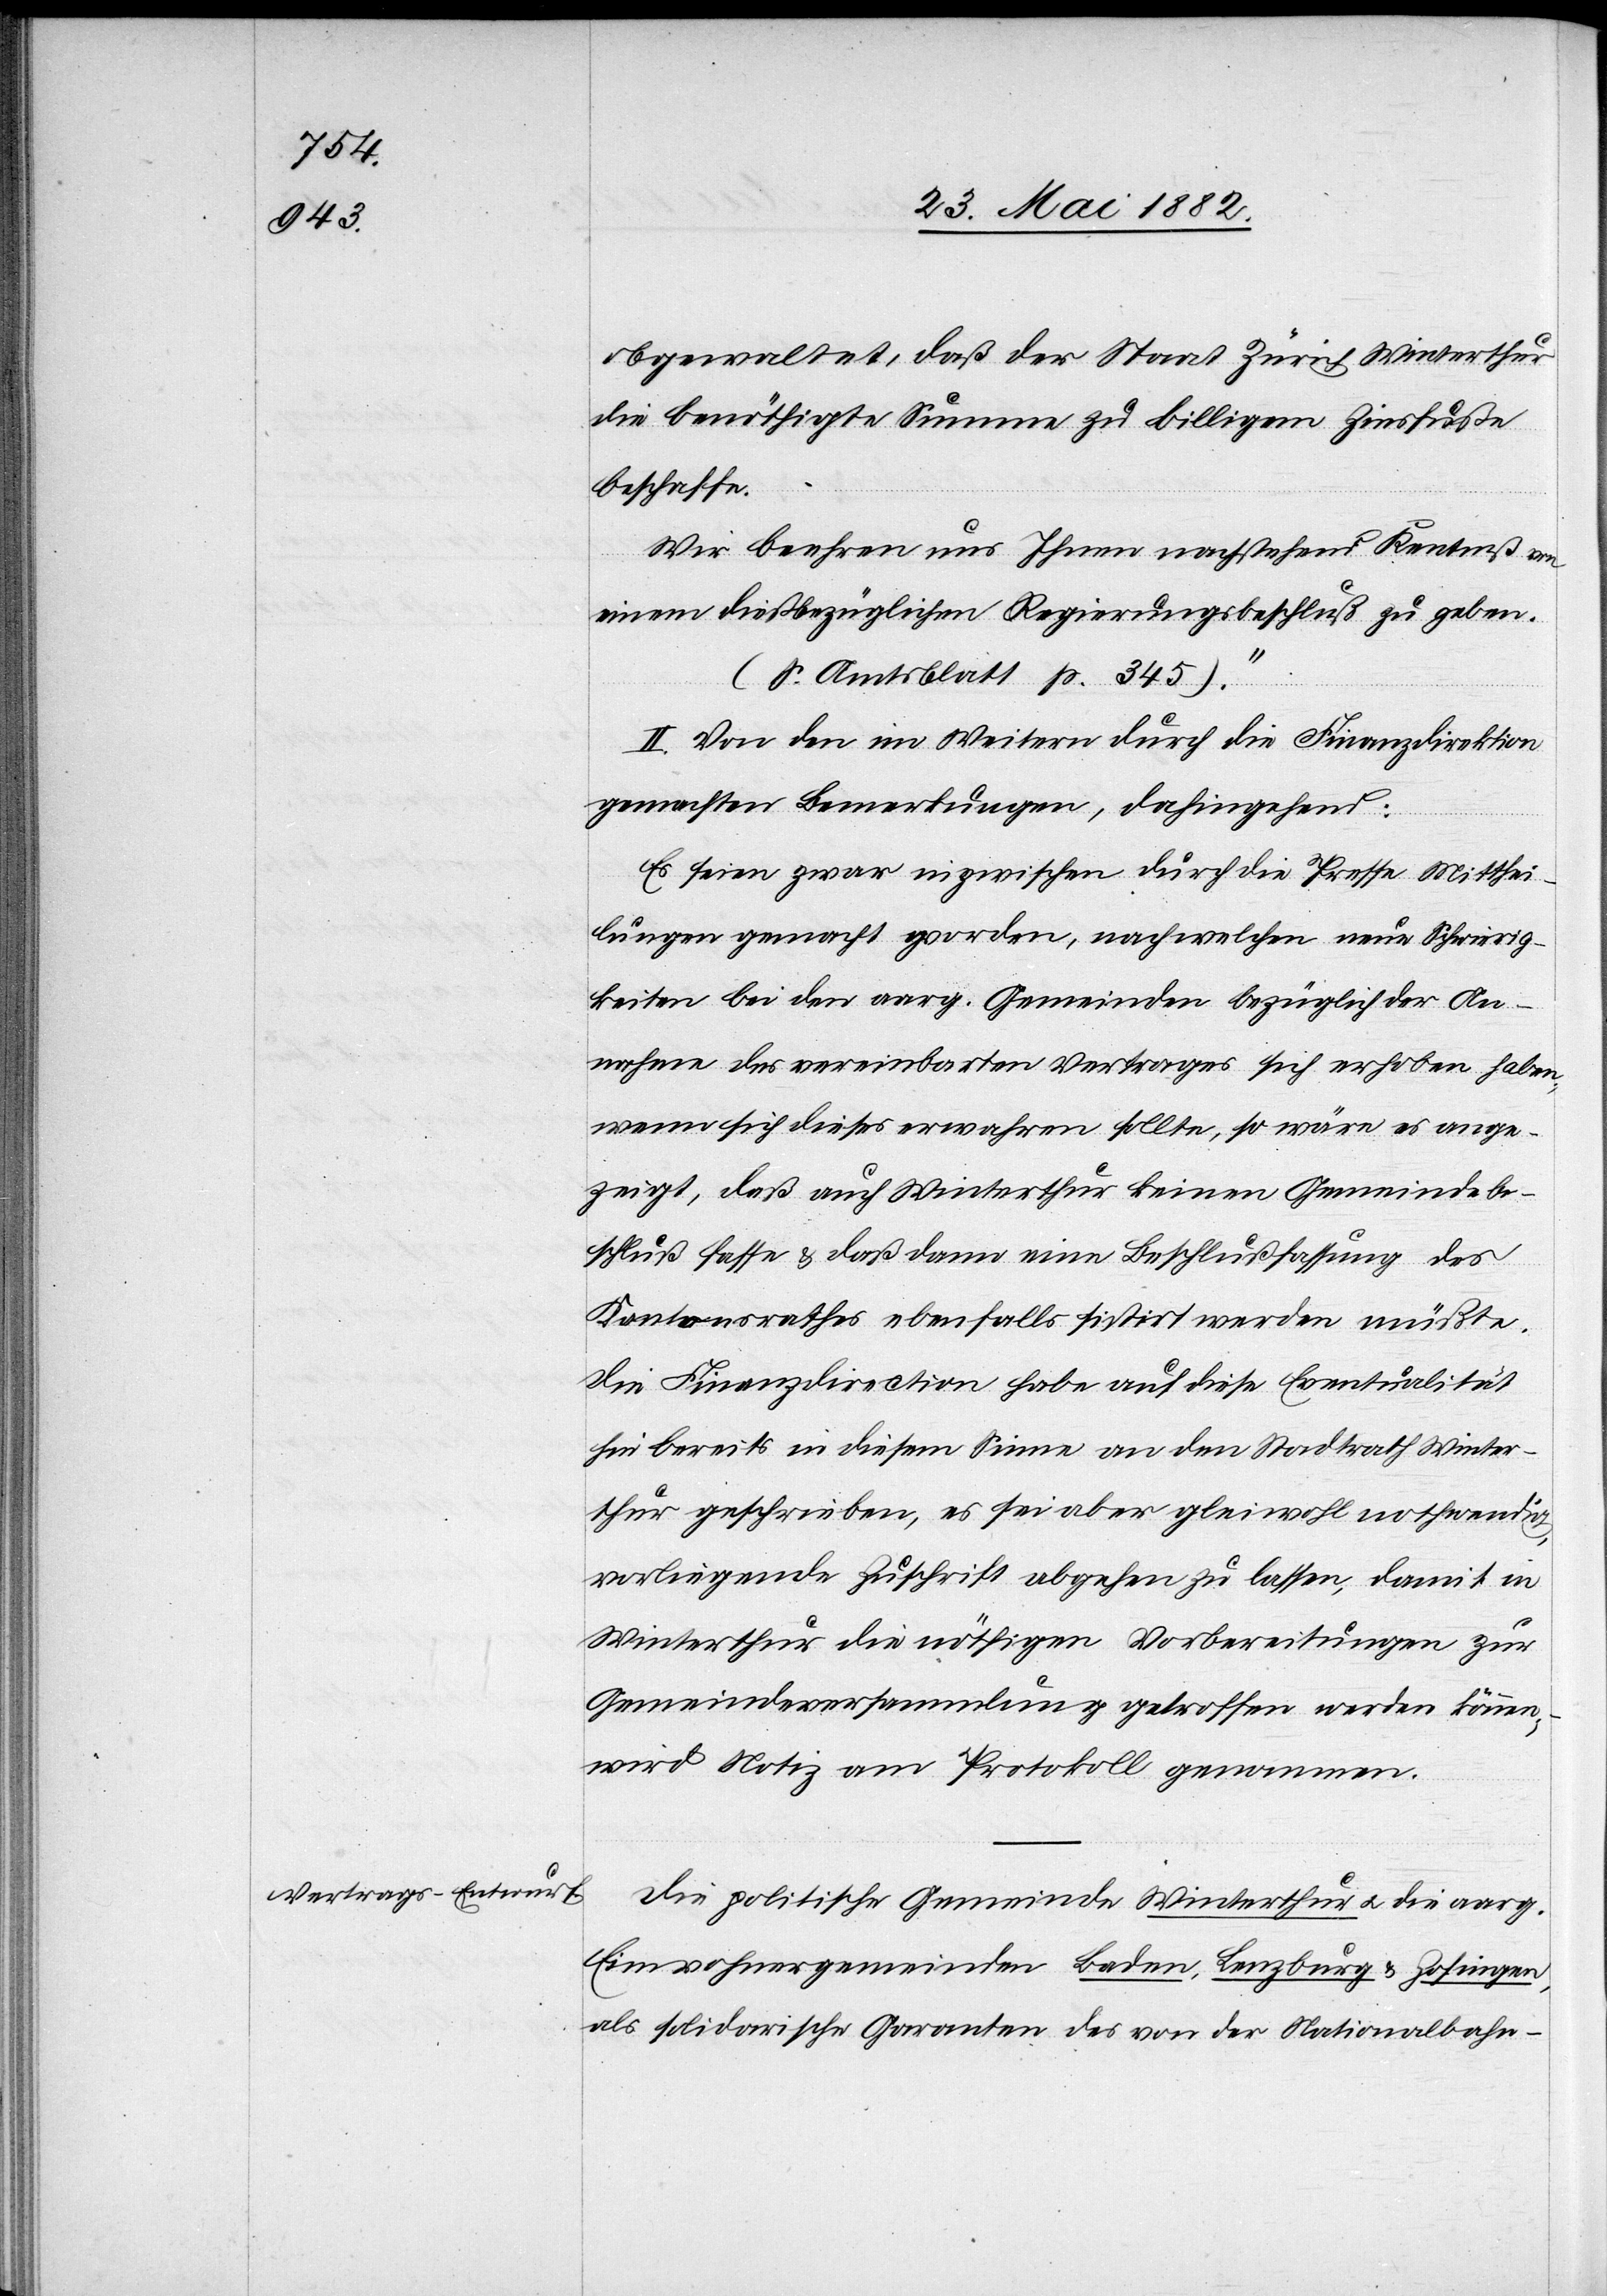
Vertrags-Entwurf.

obgewaltet, daß der Staat Zürich Winterthur
die benöthigte Summe zu billigem Zinsfuße
beschaffe.
Wir beehren uns Ihnen nachstehend Kenntniß von
einem dießbezüglichen Regierungsbeschluß zu geben.
(S. Amtsblatt p. 345).“
II. Von den im Weitern durch die Finanzdirektion
gemachten Bemerkungen, dahingehend:
Es seien zwar inzwischen durch die Presse Mitthei¬
lungen gemacht worden, nach welchen neue Schwierig¬
keiten bei den aarg. Gemeinden bezüglich der An¬
nahme des vereinbarten Vertrages sich erhoben haben;
wenn sich dieses erwahren sollte, so wäre es ange¬
zeigt, daß auch Winterthur keinen Gemeindebe¬
schluß fasse & daß dann eine Beschlußfassung des
Kantonsrathes ebenfalls sistirt werden müßte.
Die Finanzdirection habe auf diese Eventualität
hin bereits in diesem Sinne an den Stadtrath Winter¬
thur geschrieben, es sei aber gleichwohl nothwendig,
vorliegende Zuschrift abgehen zu lassen, damit in
Winterthur die nöthigen Vorbereitungen zur
Gemeindeversammlung getroffen werden können;
wird Notiz am Protokoll genommen.
Die politische Gemeinde Winterthur u. die aarg.
Einwohnergemeinden Baden, Lenzburg & Zofingen,
als solidarische Garanten des von der Nationalbahn-